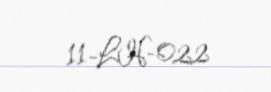
11-LH-022